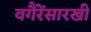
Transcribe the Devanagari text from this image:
वगैरेंसारखी